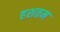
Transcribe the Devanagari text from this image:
हशतम